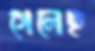
গেলেছ